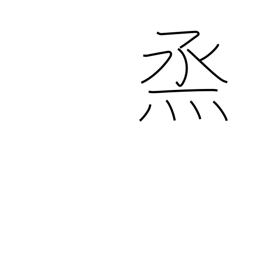
Meaning: to steam